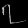
Digit: ၇